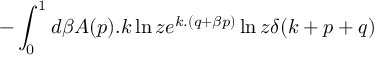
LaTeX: - \int _ { 0 } ^ { 1 } d \beta A ( p ) . k \ln z e ^ { k . ( q + \beta p ) } \ln z \delta ( k + p + q )